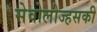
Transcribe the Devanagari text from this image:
सेवोलोज्हसकी